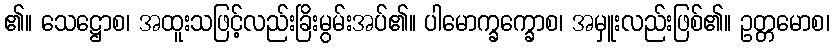
၏။ သေဋ္ဌောစ၊ အထူးသဖြင့်လည်းခြိးမွမ်းအပ်၏။ ပါမောက္ခက္ခောစ၊ အမှူးလည်းဖြစ်၏။ ဥတ္တမောစ၊